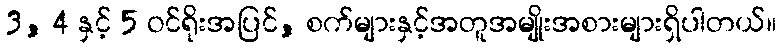
3, 4 နှင့် 5 ဝင်ရိုးအပြင်, စက်များနှင့်အတူအမျိုးအစားများရှိပါတယ်။